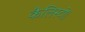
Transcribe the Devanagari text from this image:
कैलिस्टो।